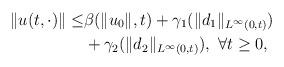
LaTeX: \begin{align*} \|u(t,\cdot)\|\leq &\beta( \|{u_0}\|,t) +\gamma_1(\|d_1\|_{L^{\infty}(0,t)}) \\ &+\gamma_2(\|d_2\|_{L^{\infty}(0,t)}),\ \forall t\geq 0,\end{align*}